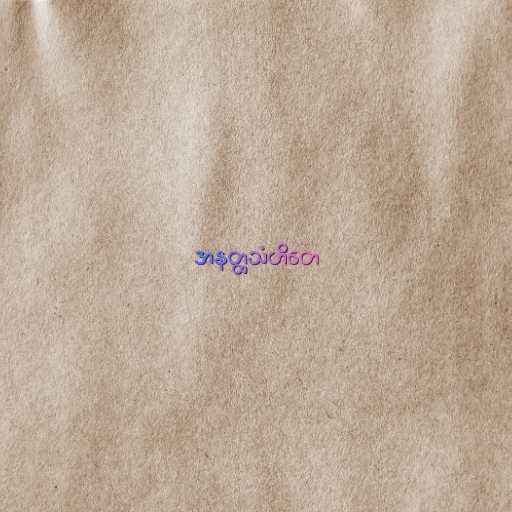
အနတ္ထသံဟိတေ